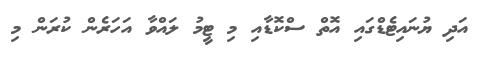
އަދި ޔުނައިޓެޑްގައި އޮތް ސްކޮޑާއި މި ޓީމު ލައްވާ އަހަރެން ކުރަން މި